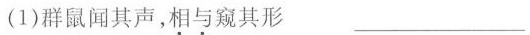
(1)群鼠闻其声，\underset{·}{相}\underset{·}{与}窥其形 ___